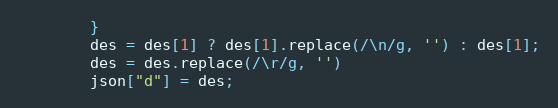
Language: JavaScript
        }
        des = des[1] ? des[1].replace(/\n/g, '') : des[1];
        des = des.replace(/\r/g, '')
        json["d"] = des;